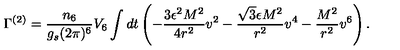
\Gamma ^ { ( 2 ) } = \frac { n _ { 6 } } { g _ { s } ( 2 \pi ) ^ { 6 } } V _ { 6 } \int d t \left( - \frac { 3 \epsilon ^ { 2 } M ^ { 2 } } { 4 r ^ { 2 } } v ^ { 2 } - \frac { \sqrt { 3 } \epsilon M ^ { 2 } } { r ^ { 2 } } v ^ { 4 } - \frac { M ^ { 2 } } { r ^ { 2 } } v ^ { 6 } \right) .